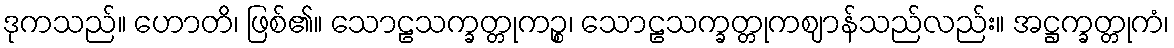
ဒုကသည်။ ဟောတိ၊ ဖြစ်၏။ သောဠသက္ခတ္တုကဉ္စ၊ သောဠသက္ခတ္တုကဈာန်သည်လည်း။ အဋ္ဌက္ခတ္တုကံ၊